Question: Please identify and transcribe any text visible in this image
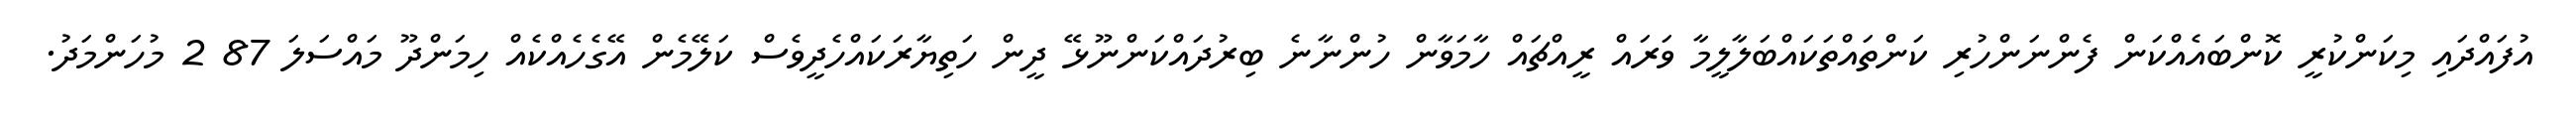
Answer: އުފައްދައި މިކަންކުރީ ކޮންބައެއްކަން ފެންނަންހުރި ކަންތައްތަކައްބަލާލީމާ ވަރައް ރީއްޗައް ހާމަވާން ހުންނާނެ ބިރުދައްކަންނޫޅޭ ދީން ހަތިޔާރަކައްހެދީވެސް ކަލޭމެން އޭގެހެއްކެއް ހިމަންދޫ މައްސަލަ 87 2 މުހަންމަދު.